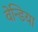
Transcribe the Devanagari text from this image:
वेन्डिया